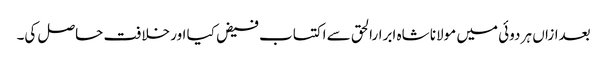
بعدازاں ہر دوئی میں مولانا شاہ ابرارالحق سے اکتساب فیض کیا اور خلافت حاصل کی۔